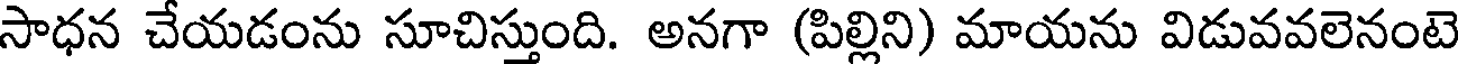
సాధన చేయడంను సూచిస్తుంది. అనగా (పిల్లిని) మాయను విడువవలెనంటె